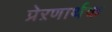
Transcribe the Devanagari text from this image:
प्रेऱणार्थक